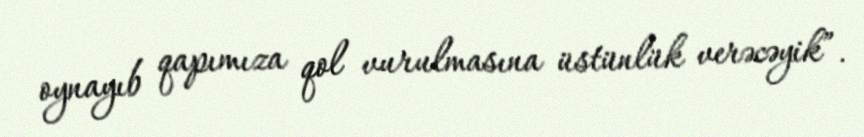
oynayıb qapımıza qol vurulmasına üstünlük verəcəyik”.